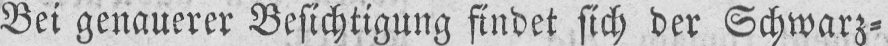
Bei genauerer Besichtigung findet sich der Schwarz⸗